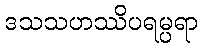
ဒသသဟဿိပရမ္ပရာ